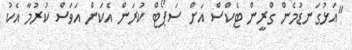
"އަޅުގަނޑުމެން ގްރީން ޓެކްސް އަށް ސަޕޯޓް ކުރަން އެކަން އަވަސް ކުރުމާ އެކު